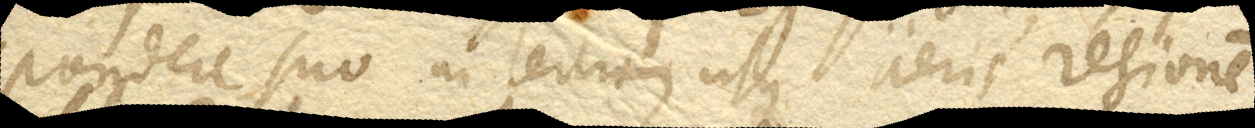
pondere suo in tertiam usque aeris regionem